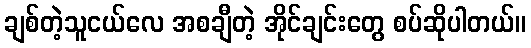
ချစ်တဲ့သူငယ်လေ အစချီတဲ့ အိုင်ချင်းတွေ စပ်ဆိုပါတယ်။